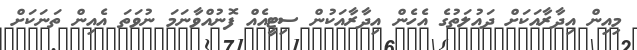
މިއިން އިދާރާއަކަށް ދައުލަތުގެ އެހެން އިދާރާއަކުން ސިޓީއެއް ފޮނުއްވާނަމަ ނުވަތަ އެއިން ތަނަކަށް